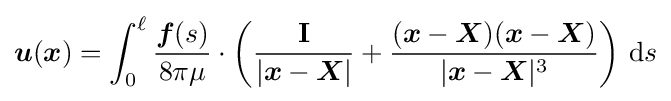
{\boldsymbol {u}}({\boldsymbol {x}})=\int _{0}^{\ell }{\frac {{\boldsymbol {f}}(s)}{8\pi \mu }}\cdot \left({\frac {\mathbf {I} }{|{\boldsymbol {x}}-{\boldsymbol {X}}|}}+{\frac {({\boldsymbol {x}}-{\boldsymbol {X}})({\boldsymbol {x}}-{\boldsymbol {X}})}{|{\boldsymbol {x}}-{\boldsymbol {X}}|^{3}}}\right)\,\mathrm {d} s